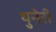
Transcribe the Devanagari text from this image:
थुनेरी